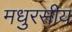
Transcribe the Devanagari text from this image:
मधुरसीय